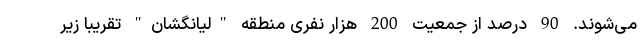
می‌شوند. 90 درصد از جمعیت 200 هزار نفری منطقه "لیانگشان" تقریبا زیر